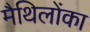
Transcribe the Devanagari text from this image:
मैथिलोंका